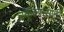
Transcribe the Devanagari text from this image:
स्कूल्ससाठी